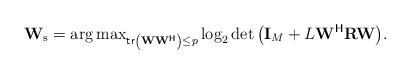
\begin{align*}\mathbf{W}_{\rm{s}}=\arg\max\nolimits_{{\mathsf{tr}}\left({\mathbf{W}}{\mathbf{W}}^{\mathsf{H}}\right)\leq p}{\log_2\det\left({\mathbf{I}}_M+L{\mathbf{W}}^{\mathsf{H}}{\mathbf{R}}{\mathbf{W}}\right)}.\end{align*}